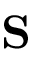
\mathbf { S }